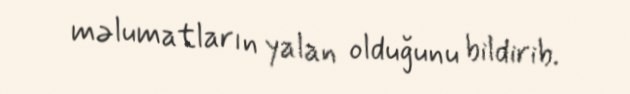
məlumatların yalan olduğunu bildirib.